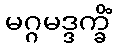
မဂ္ဂမဒ္ဒက္ခိံ